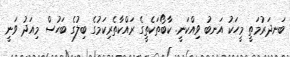
ބަނދަރުމަތީ މީހަކު އަނބު ވިއްކަނީ. ކާބޯތަކެތީގެ ރައްކާތެރިކަމުގެ ބިލުގެ ބަހުސް މިއަދު ވަނީ